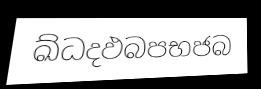
ඛ්ධදඵබපභජබ